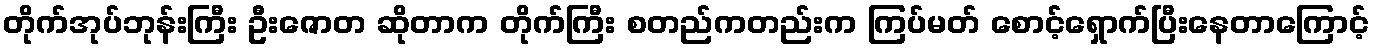
တိုက်အုပ်ဘုန်းကြီး ဦးဇောတ ဆိုတာက တိုက်ကြီး စတည်ကတည်းက ကြပ်မတ် စောင့်ရှောက်ပြီးနေတာကြောင့်